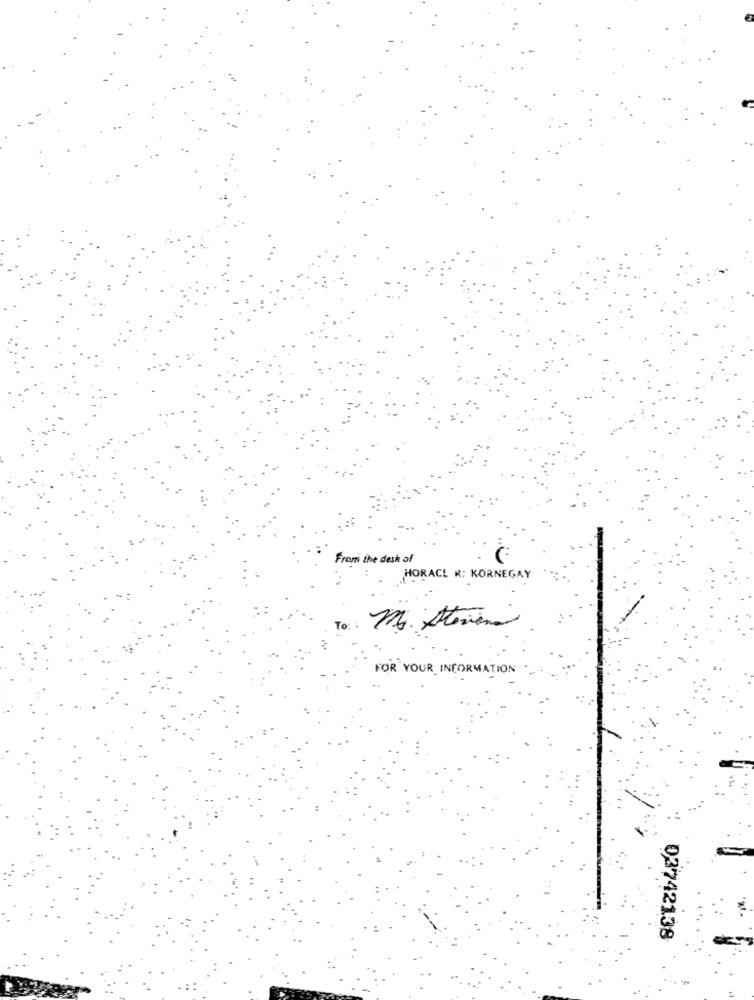
From the desk of
HORACL R: KORNEGAY
To:
M. Stevena
FOR YOUR INFORMATION
03742138